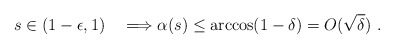
\begin{align*} s\in (1-\epsilon,1)\quad\Longrightarrow\alpha(s)\leq\arccos(1-\delta)=O(\sqrt\delta)\ .\end{align*}